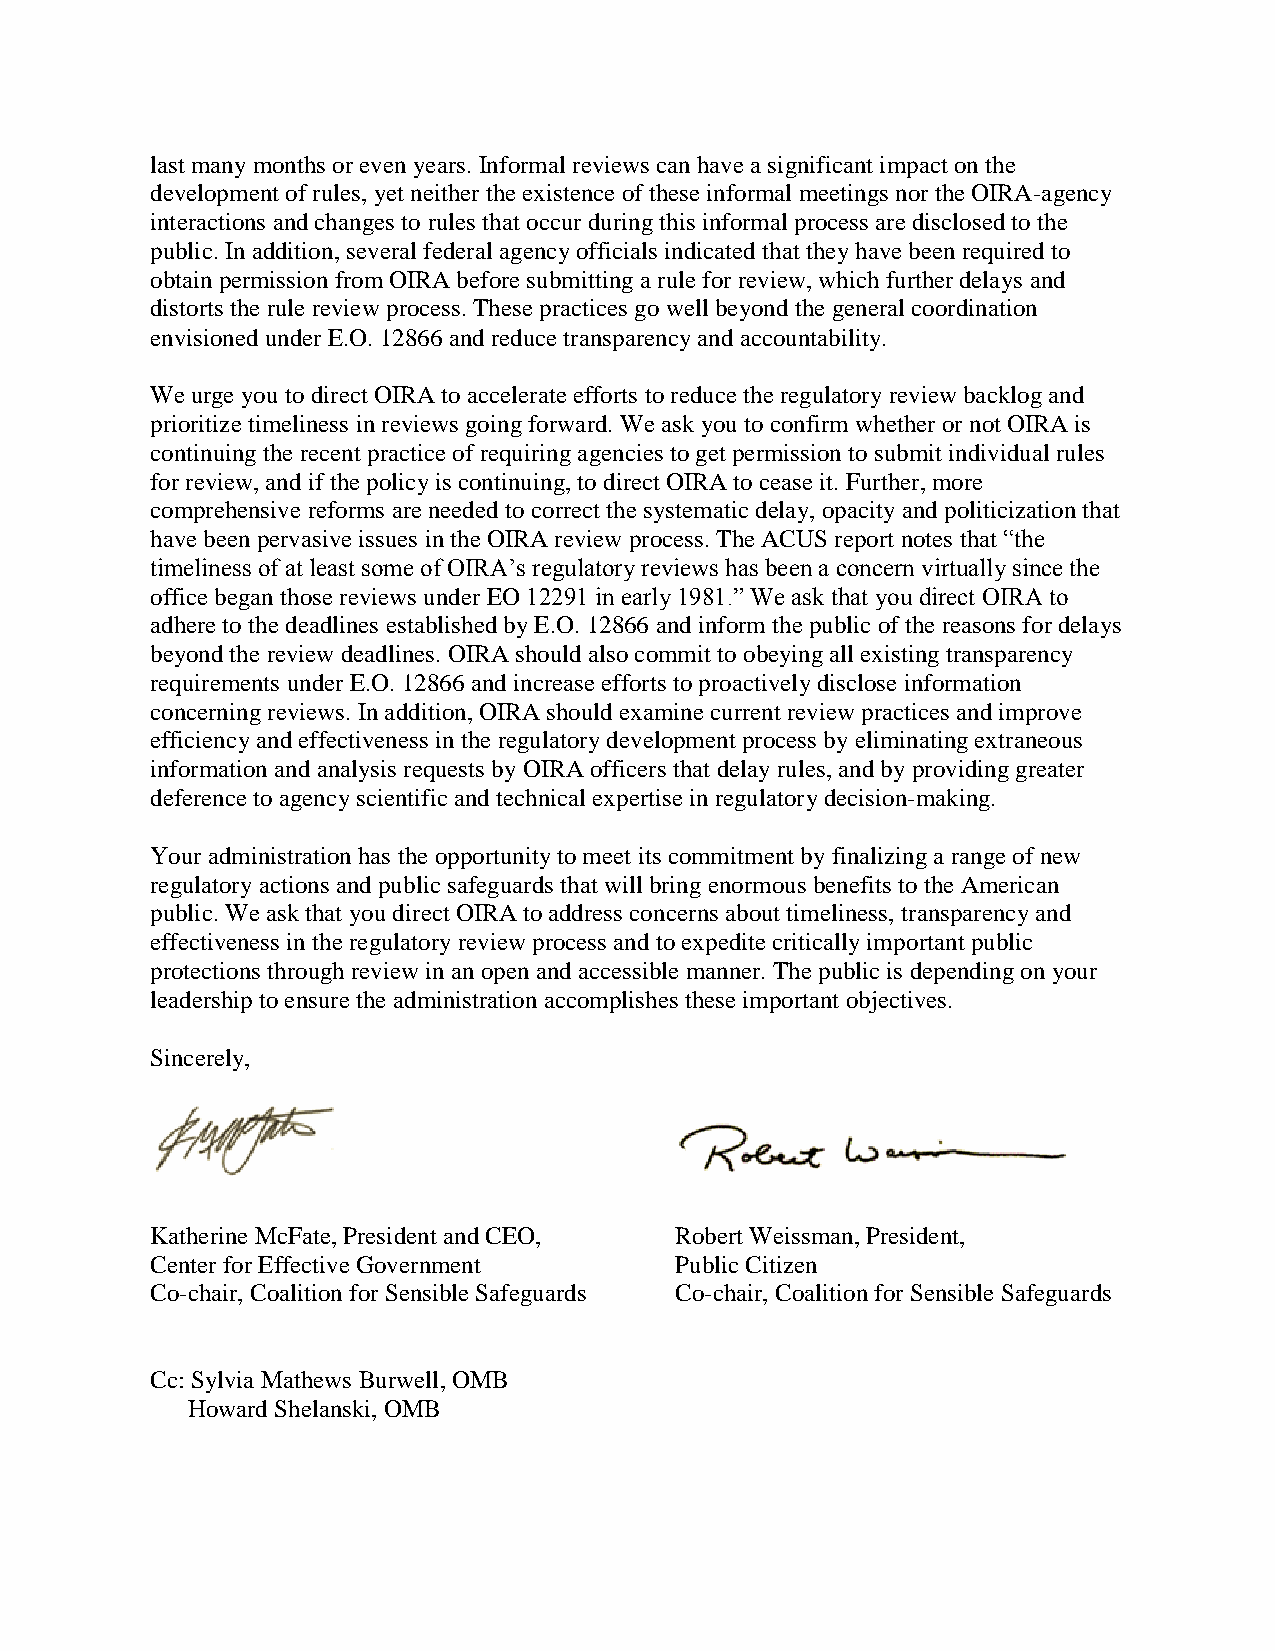
last many months or even years. Informal reviews can have a significant impact on the
 development of rules, yet neither the existence of these informal meetings nor the OIRA-agency
 interactions and changes to rules that occur during this informal process are disclosed to the
 public. In addition, several federal agency officials indicated that they have been required to
 obtain permission from OIRA before submitting a rule for review, which further delays and
 distorts the rule review process. These practices go well beyond the general coordination
 envisioned under E.O. 12866 and reduce transparency and accountability.
 We urge you to direct OIRA to accelerate efforts to reduce the regulatory review backlog and
 prioritize timeliness in reviews going forward. We ask you to confirm whether or not OIRA is
 continuing the recent practice of requiring agencies to get permission to submit individual rules
 for review, and if the policy is continuing, to direct OIRA to cease it. Further, more
 comprehensive reforms are needed to correct the systematic delay, opacity and politicization that
 have been pervasive issues in the OIRA review process. The ACUS report notes that “the
 timeliness of at least some of OIRA’s regulatory reviews has been a concern virtually since the
 office began those reviews under EO 12291 in early 1981.” We ask that you direct OIRA to
 adhere to the deadlines established by E.O. 12866 and inform the public of the reasons for delays
 beyond the review deadlines. OIRA should also commit to obeying all existing transparency
 requirements under E.O. 12866 and increase efforts to proactively disclose information
 concerning reviews. In addition, OIRA should examine current review practices and improve
 efficiency and effectiveness in the regulatory development process by eliminating extraneous
 information and analysis requests by OIRA officers that delay rules, and by providing greater
 deference to agency scientific and technical expertise in regulatory decision-making.
 Your administration has the opportunity to meet its commitment by finalizing a range of new
 regulatory actions and public safeguards that will bring enormous benefits to the American
 public. We ask that you direct OIRA to address concerns about timeliness, transparency and
 effectiveness in the regulatory review process and to expedite critically important public
 protections through review in an open and accessible manner. The public is depending on your
 leadership to ensure the administration accomplishes these important objectives.
 Sincerely,
 Katherine McFate, President and CEO, Robert Weissman, President,
 Center for Effective Government    Public Citizen
 Co-chair, Coalition for Sensible Safeguards Co-chair, Coalition for Sensible Safeguards
 Cc: Sylvia Mathews Burwell, OMB
 Howard Shelanski, OMB